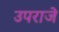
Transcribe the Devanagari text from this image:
उपराजे